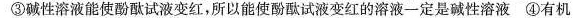
③碱性溶液能使酚酞试液变红，所以能使酚酞试液变红的溶液一定是碱性溶液 ④有机